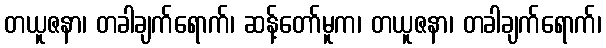
တယူဇနာ၊ တခါချက်ရောက်၊ ဆန့်တော်မူက၊ တယူဇနာ၊ တခါချက်ရောက်၊